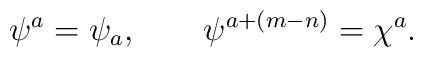
\psi^a = \psi_a, \qquad \psi^{a+(m-n)} = \chi^a.